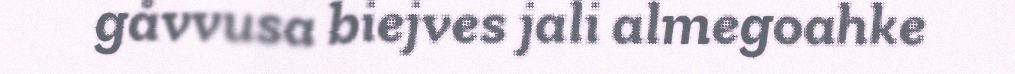
gåvvusa biejves jali almegoahke